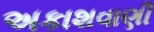
અકાશવાણી